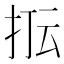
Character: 𭠢